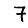
Digit: 7